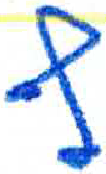
אות: ף